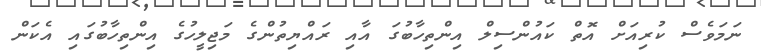
ނަމަވެސް ކުރިއަށް އޮތް ކައުންސިލް އިންތިހާބުގަ އާއި ރައްޔިތުންގެ މަޖިލީހުގެ އިންތިހާބުގައި އެކަން